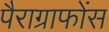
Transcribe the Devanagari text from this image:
पैराग्राफोंस